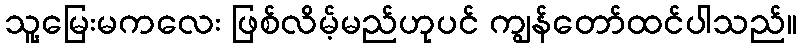
သူ့မြေးမကလေး ဖြစ်လိမ့်မည်ဟုပင် ကျွန်တော်ထင်ပါသည်။